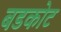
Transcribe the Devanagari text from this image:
बडकोट